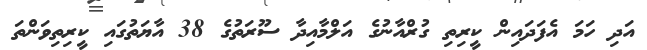
އަދި ހަމަ އެފަދައިން ކީރިތި ގުރްއާނުގެ އަލްމާއިދާ ސޫރަތުގެ 38 އާޔަތުގައި ކީރިތިވަންތަ